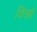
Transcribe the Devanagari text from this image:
वित्रों